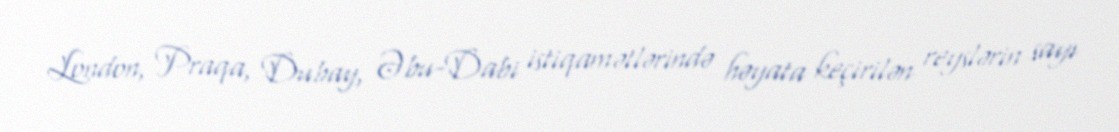
London, Praqa, Dubay, Əbu-Dabi istiqamətlərində həyata keçirilən reyslərin sayı